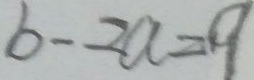
b - 2 a = 9